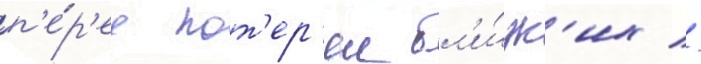
п'е́р'ед пот'ер'еи бл'и́зк'их //